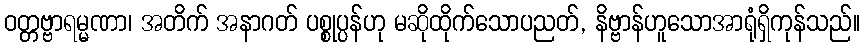
ဝတ္တဗ္ဗာရမ္မဏာ၊ အတိက် အနာဂတ် ပစ္စုပ္ပန်ဟု မဆိုထိုက်သောပညတ်, နိဗ္ဗာန်ဟူသောအာရုံရှိကုန်သည်။